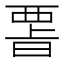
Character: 𭦪